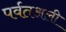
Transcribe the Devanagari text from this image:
पर्वतअली